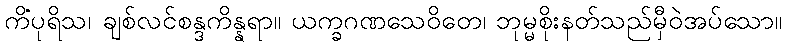
ကိံပုရိသ၊ ချစ်လင်စန္ဒကိန္နရာ။ ယက္ခဂဏသေဝိတေ၊ ဘုမ္မစိုးနတ်သည်မှီဝဲအပ်သော။